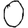
Digit: 0